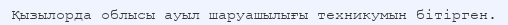
Қызылорда облысы ауыл шаруашылығы техникумын бітірген.